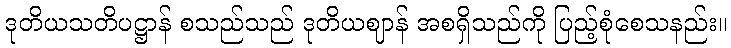
ဒုတိယသတိပဋ္ဌာန် စသည်သည် ဒုတိယဈာန် အစရှိသည်ကို ပြည့်စုံစေသနည်း။